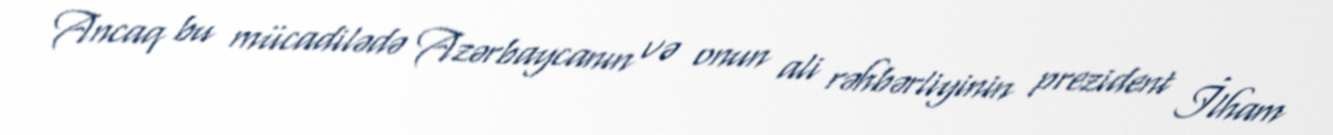
Ancaq bu mücadilədə Azərbaycanın və onun ali rəhbərliyinin prezident İlham